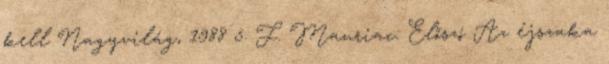
kell Nagyvilág, 1988 5. F. Mauriac: Előszó Az éjszaka